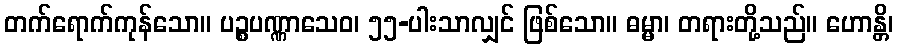
တက်ရောက်ကုန်သော။ ပဉ္စပဏ္ဏာသေဝ၊ ၅၅-ပါးသာလျှင် ဖြစ်သော။ ဓမ္မာ၊ တရားတို့သည်။ ဟောန္တိ၊